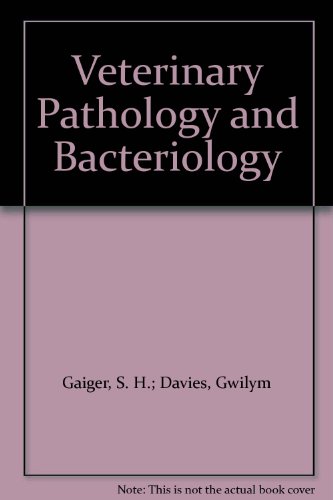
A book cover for Veterinary Pathology and Bacteriology; S. H.; Davies, Gwilym Gaiger; Medical Books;